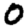
Digit: 0